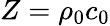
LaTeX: Z=\rho_{0}c_{0}